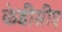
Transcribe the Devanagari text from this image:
केडीसीए